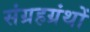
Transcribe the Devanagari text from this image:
संग्रहग्रंथों